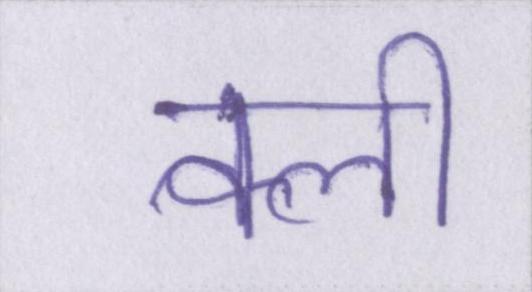
क्ली